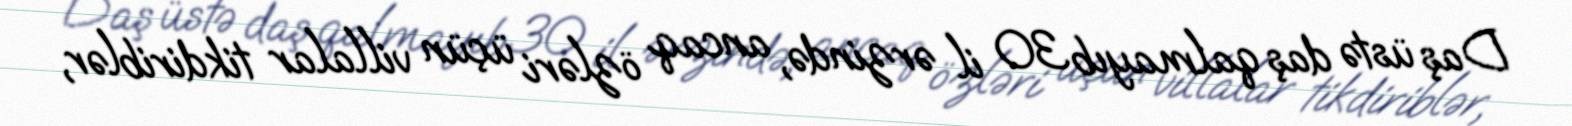
Daş üstə daş qalmayıb 30 il ərzində, ancaq özləri üçün villalar tikdiriblər,